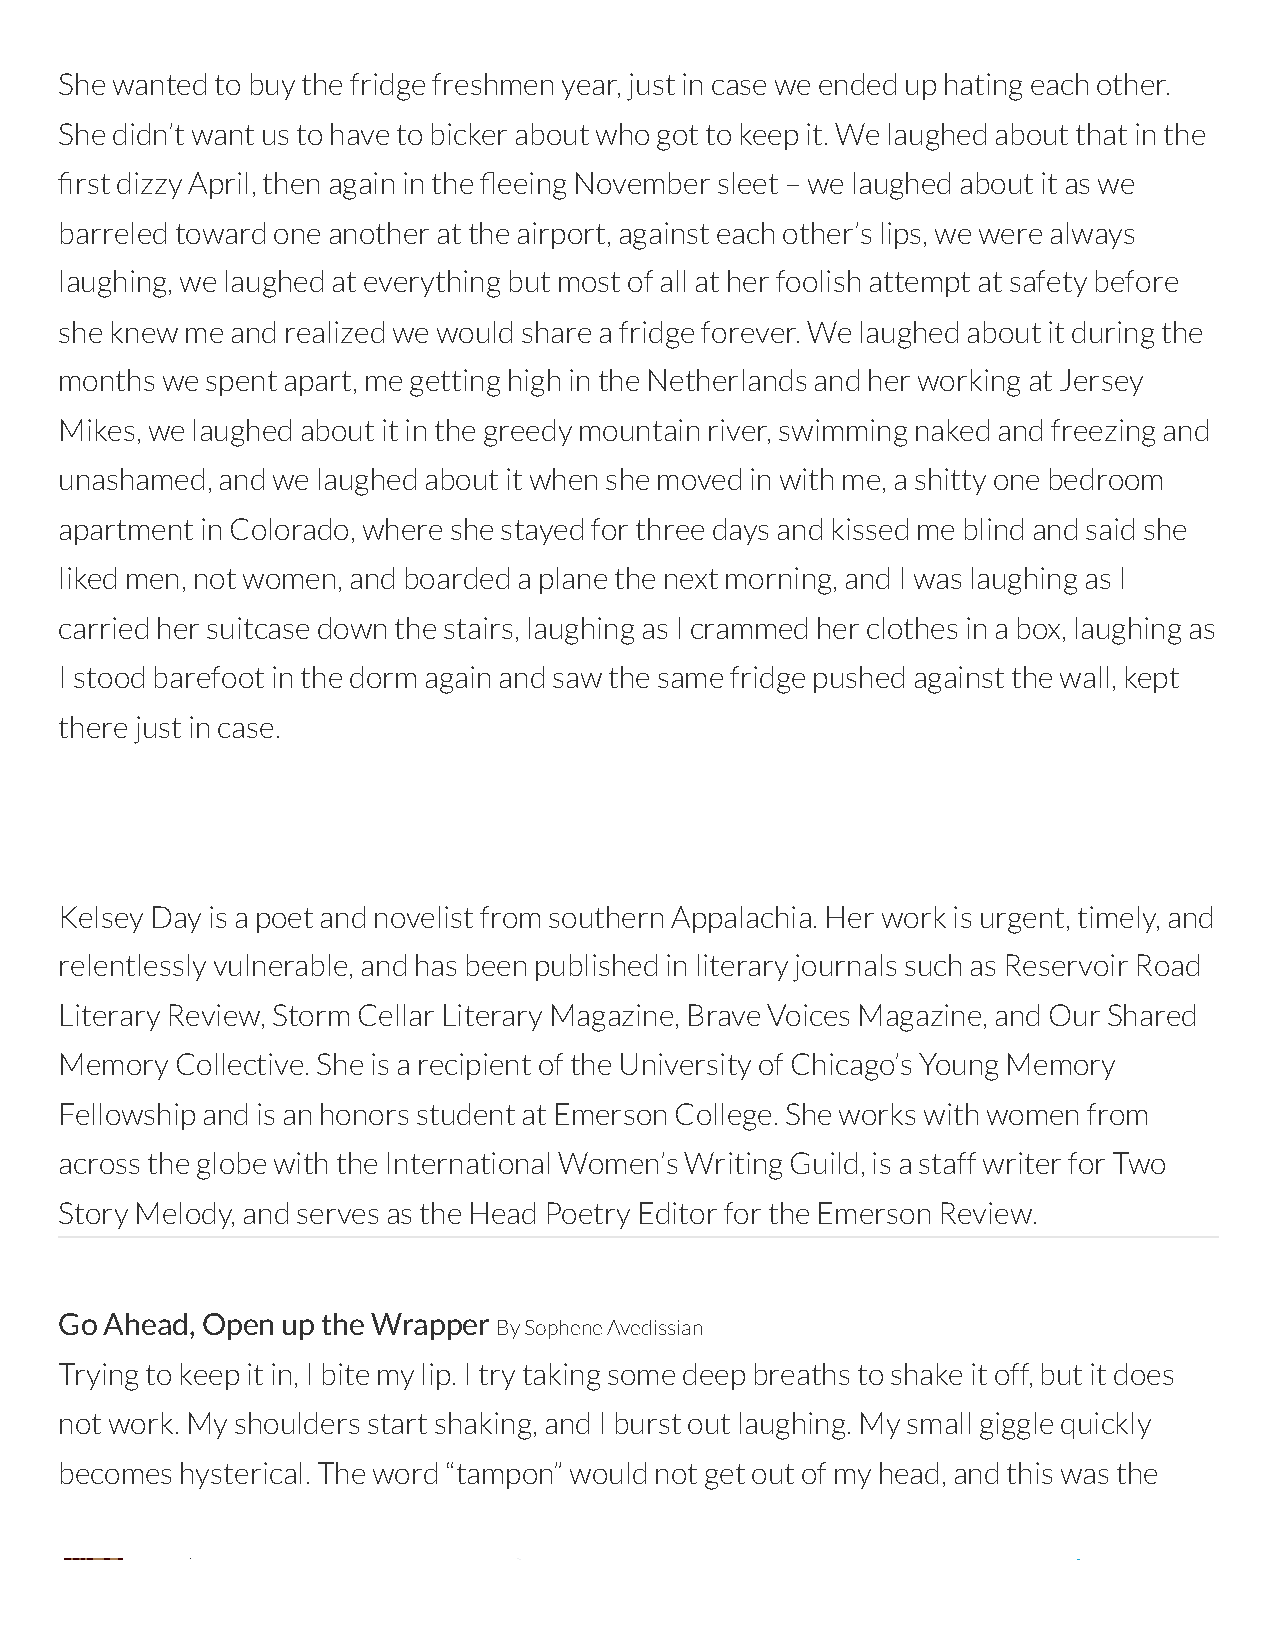
She wanted to buy the fridge freshmen year, just in case we ended up hating each other.
 She didn’t want us to have to bicker about who got to keep it. We laughed about that in the
 rst dizzy April, then again in the eeing November sleet – we laughed about it as we
 barreled toward one another at the airport, against each other’s lips, we were always
 laughing, we laughed at everything but most of all at her foolish attempt at safety before
 she knew me and realized we would share a fridge forever. We laughed about it during the
 months we spent apart, me getting high in the Netherlands and her working at Jersey
 Mikes, we laughed about it in the greedy mountain river, swimming naked and freezing and
 unashamed, and we laughed about it when she moved in with me, a shitty one bedroom
 apartment in Colorado, where she stayed for three days and kissed me blind and said she
 liked men, not women, and boarded a plane the next morning, and I was laughing as I
 carried her suitcase down the stairs, laughing as I crammed her clothes in a box, laughing as
 I stood barefoot in the dorm again and saw the same fridge pushed against the wall, kept
 there just in case.
 Kelsey Day is a poet and novelist from southern Appalachia. Her work is urgent, timely, and
 relentlessly vulnerable, and has been published in literary journals such as Reservoir Road
 Literary Review, Storm Cellar Literary Magazine, Brave Voices Magazine, and Our Shared
 Memory  Collective. She is a recipient of the University of Chicago’s Young Memory
 Fellowship and is an honors student at Emerson College. She works with women from
 across the globe with the International Women’s Writing Guild, is a staff writer for Two
 Story Melody, and serves as the Head Poetry Editor for the Emerson Review.
 Go Ahead, Open up the Wrapper
 By Sophene Avedissian
 Trying to keep it in, I bite my lip. I try taking some deep breaths to shake it off, but it does
 not work. My shoulders start shaking, and I burst out laughing. My small giggle quickly
 becomes hysterical. The word “tampon” would not get out of my head, and this was the